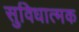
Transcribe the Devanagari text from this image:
सुविधात्मक